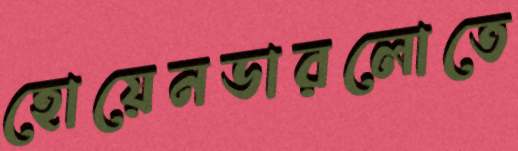
হোয়েনডারলোতে